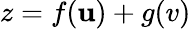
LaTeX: z=f(\mathbf{u})+g(v)